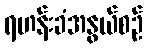
ရဟန်းခံအနွယ်စဉ်